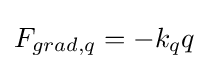
F_{grad,q}=-k_{q}q